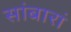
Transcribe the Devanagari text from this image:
सांबारां